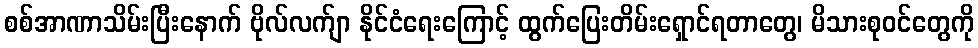
စစ်အာဏာသိမ်းပြီးနောက် ဗိုလ်လက်ျာ နိုင်ငံရေးကြောင့် ထွက်ပြေးတိမ်းရှောင်ရတာတွေ၊ မိသားစုဝင်တွေကို